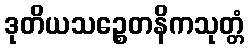
ဒုတိယသဉ္စေတနိကသုတ္တံ